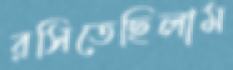
রসিতেছিলাম